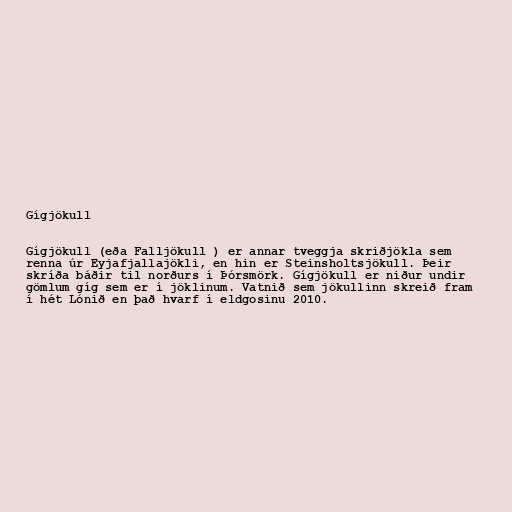
Gígjökull

Gígjökull (eða Falljökull ) er annar tveggja skriðjökla sem
renna úr Eyjafjallajökli, en hin er Steinsholtsjökull. Þeir
skríða báðir til norðurs í Þórsmörk. Gígjökull er niður undir
gömlum gíg sem er í jöklinum. Vatnið sem jökullinn skreið fram
í hét Lónið en það hvarf í eldgosinu 2010.